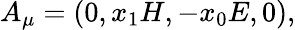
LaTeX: A_{\mu}=\left(0,x_{1}H,-x_{0}E,0\right),